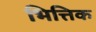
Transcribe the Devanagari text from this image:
भित्तिक